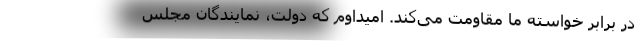
در برابر خواسته ما مقاومت می‌کند. امیداوم که دولت، نمایندگان مجلس